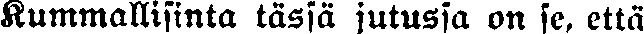
Kummallisinta tässä jutussa on se, että